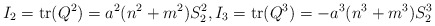
\begin{align*}I_2=\mathrm{tr}(Q^2)=a^2(n^2+m^2)S_2^2,I_3=\mathrm{tr}(Q^3)=-a^3(n^3+m^3)S_2^3\end{align*}